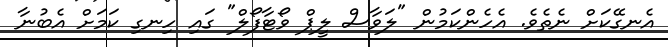
އެނގޭކަށް ނެތެވެ. އެހެންކަމުން "ލަވާސް ލީޕް ވޯޓާފޯލް" ގައި ހިނގި ކަމަށް އެބުނާ